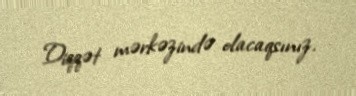
Diqqət mərkəzində olacaqsınız.